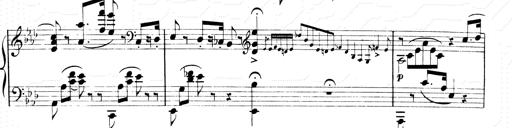
Title: 2 Transcriptions d'aprÃ¨s Rossini
Composer: Franz Liszt